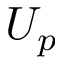
U _ { p }